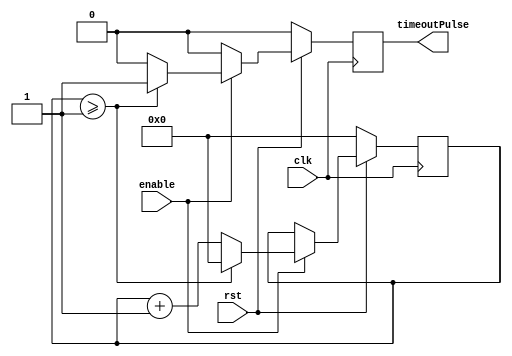
module OneSecondTimer(enable, timeoutPulse, clk, rst);

//HEAVILY MODIFIED FOR TESTBENCH DO NOT USE EXCEPT FOR TESTBENCH
    input enable;
    output timeoutPulse;
    reg timeoutPulse;

    input clk, rst;

    reg[0:3] counter; // 4 bit counter, can count up to 15

    always @(posedge clk) begin
        if (rst == 1'b0) begin
            counter <= 0; // reset counter
            timeoutPulse <= 1'b0;
        end else begin
            if (timeoutPulse == 1'b1) begin
                timeoutPulse <= 1'b0;
            end
            if (enable == 1'b1) begin
                if (counter >= 1) begin // reset at 2
                    counter <= 0;
                    timeoutPulse <= 1'b1;
                end else begin
                    counter <= counter + 1;
                end
            end
        end
    end
endmodule